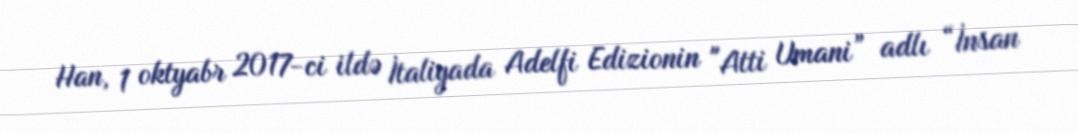
Han, 1 oktyabr 2017-ci ildə İtaliyada Adelfi Edizionin "Atti Umani” adlı “İnsan